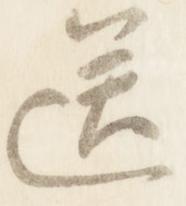
送